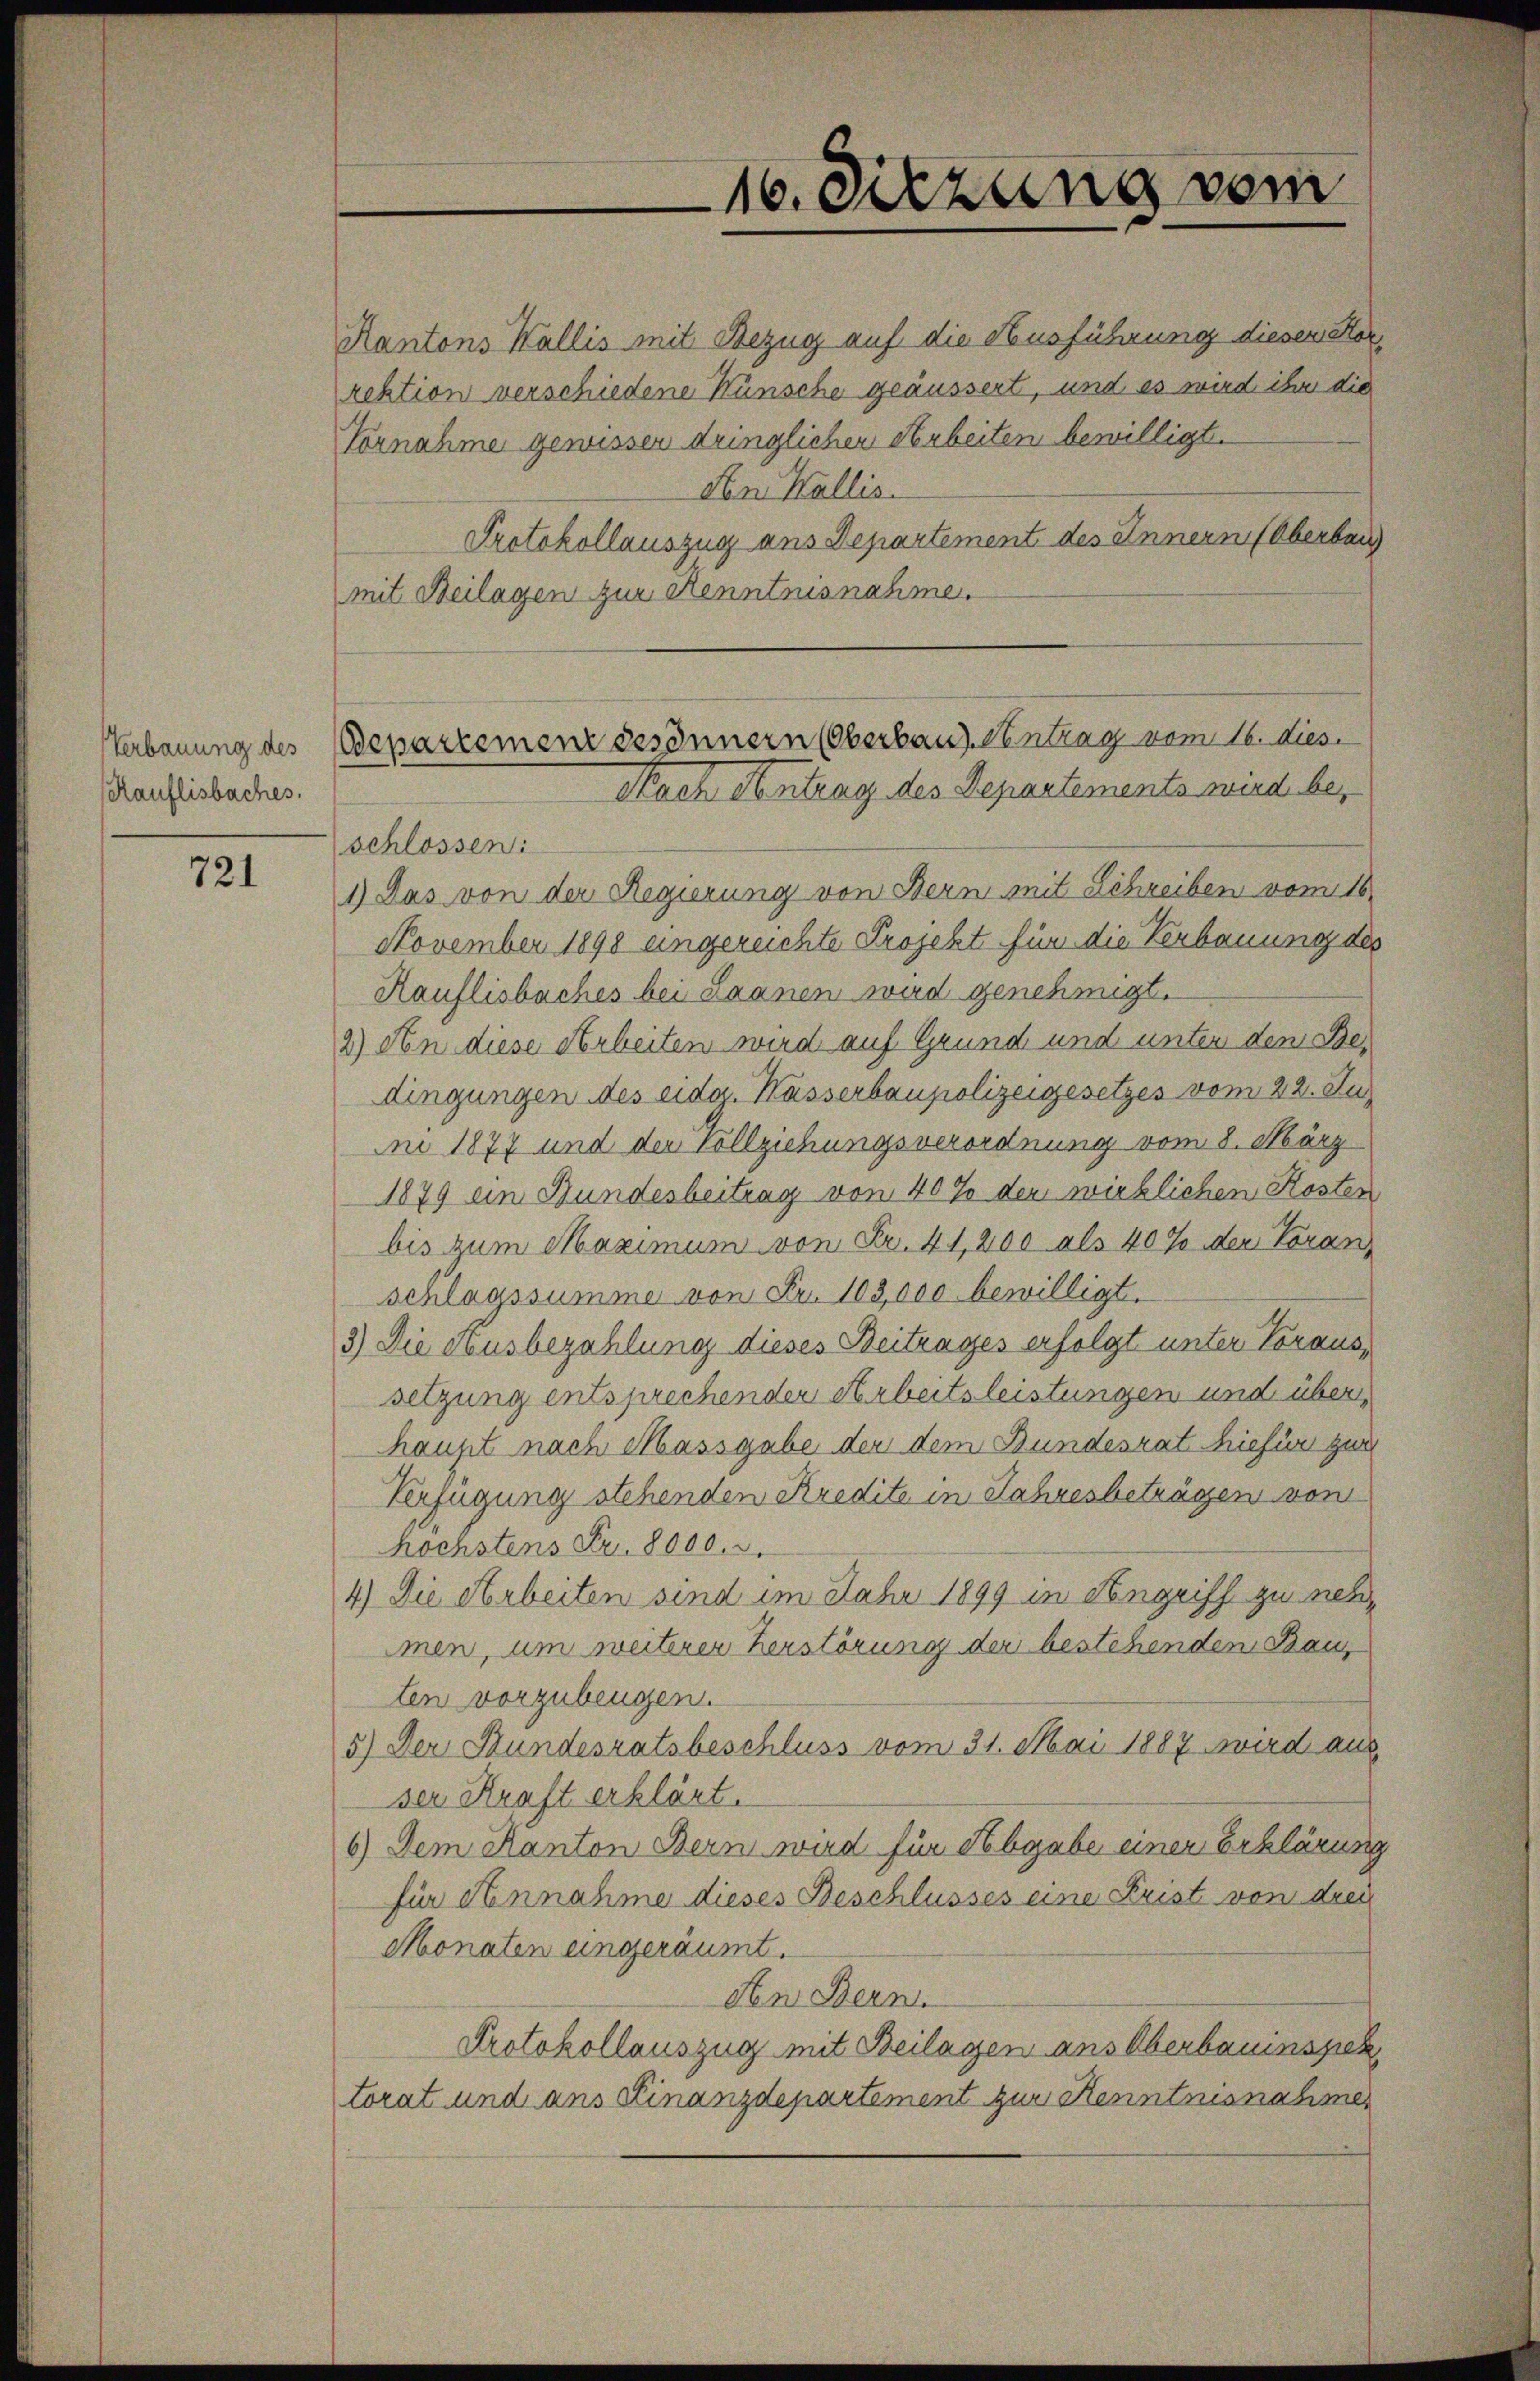
Verbauung des
Kauflisbaches.

721

Kantons Wallis mit Bezug auf die Ausführung diesem Korrektion verschiedene Wünsche geäussert, und es wird ihr die
Vornahme gewissen dringlichen Arbeiten bewilligte.
An Wallis.
Protokollauszug aus Departement des Innern (Oberbar
mit Beilagen zur Kenntnisnahme.
schlossen:
1) Das von der Regierung von Bern mit Schreiben vom 16.
November 1898 eingereichte Projekt für die Verbauung des
Kauflisbaches bei Saanen wird genehmigt.
2) An diese Arbeiten wird auf Grund und unter dem Bedingungen des eidg. Hasserbaupolizeigesetzes vom 22. Juini 1877 und der Vollziehungsverordnung vom 8. März
1879 ein Bundesbeitrag von 40% der wirklichen Kosten
bis zum Maximum von Fr. 41,200 als 40% der Voran
schlagssumme von Fr. 103,000 bewilligt.
3.) Die Ausbezahlung dieses Beitrages erfolgt unter Voraus,
setzung entsprechender Arbeitsleistungen und über
haupt nach Massgabe der dem Bundesrat hiefür zur
Verfügung stehenden Kredite in Jahresbeträgen vom
höchstens Fr. 8000.
4) Die Arbeiten sind im Jahr 1899 in Angriff zu nehmen, um weiterer herstörung der bestehenden Baus
ten vorzubeugen.
5) Der Bundesratsbeschluss vom 31. Mai 1887 wird aus
ser Kraft erklärt.
6) Dem Kanton Bern wird für Abgabe einer Erklärung
für Annahme dieses Beschlusses eine Frist von drei
Monaten eingeräumt.
den Bern.
Protokollauszug mit Beilagen aus Oberbauinspek
torat und aus Finanzdepartement zur Kenntnisnahmen

10. Sitzung vom

Departement des Innern (Oberbaus Antrag vom 16. dies
Nach Antrag des Departements wird be¬